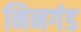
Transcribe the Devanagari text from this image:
निनगंड